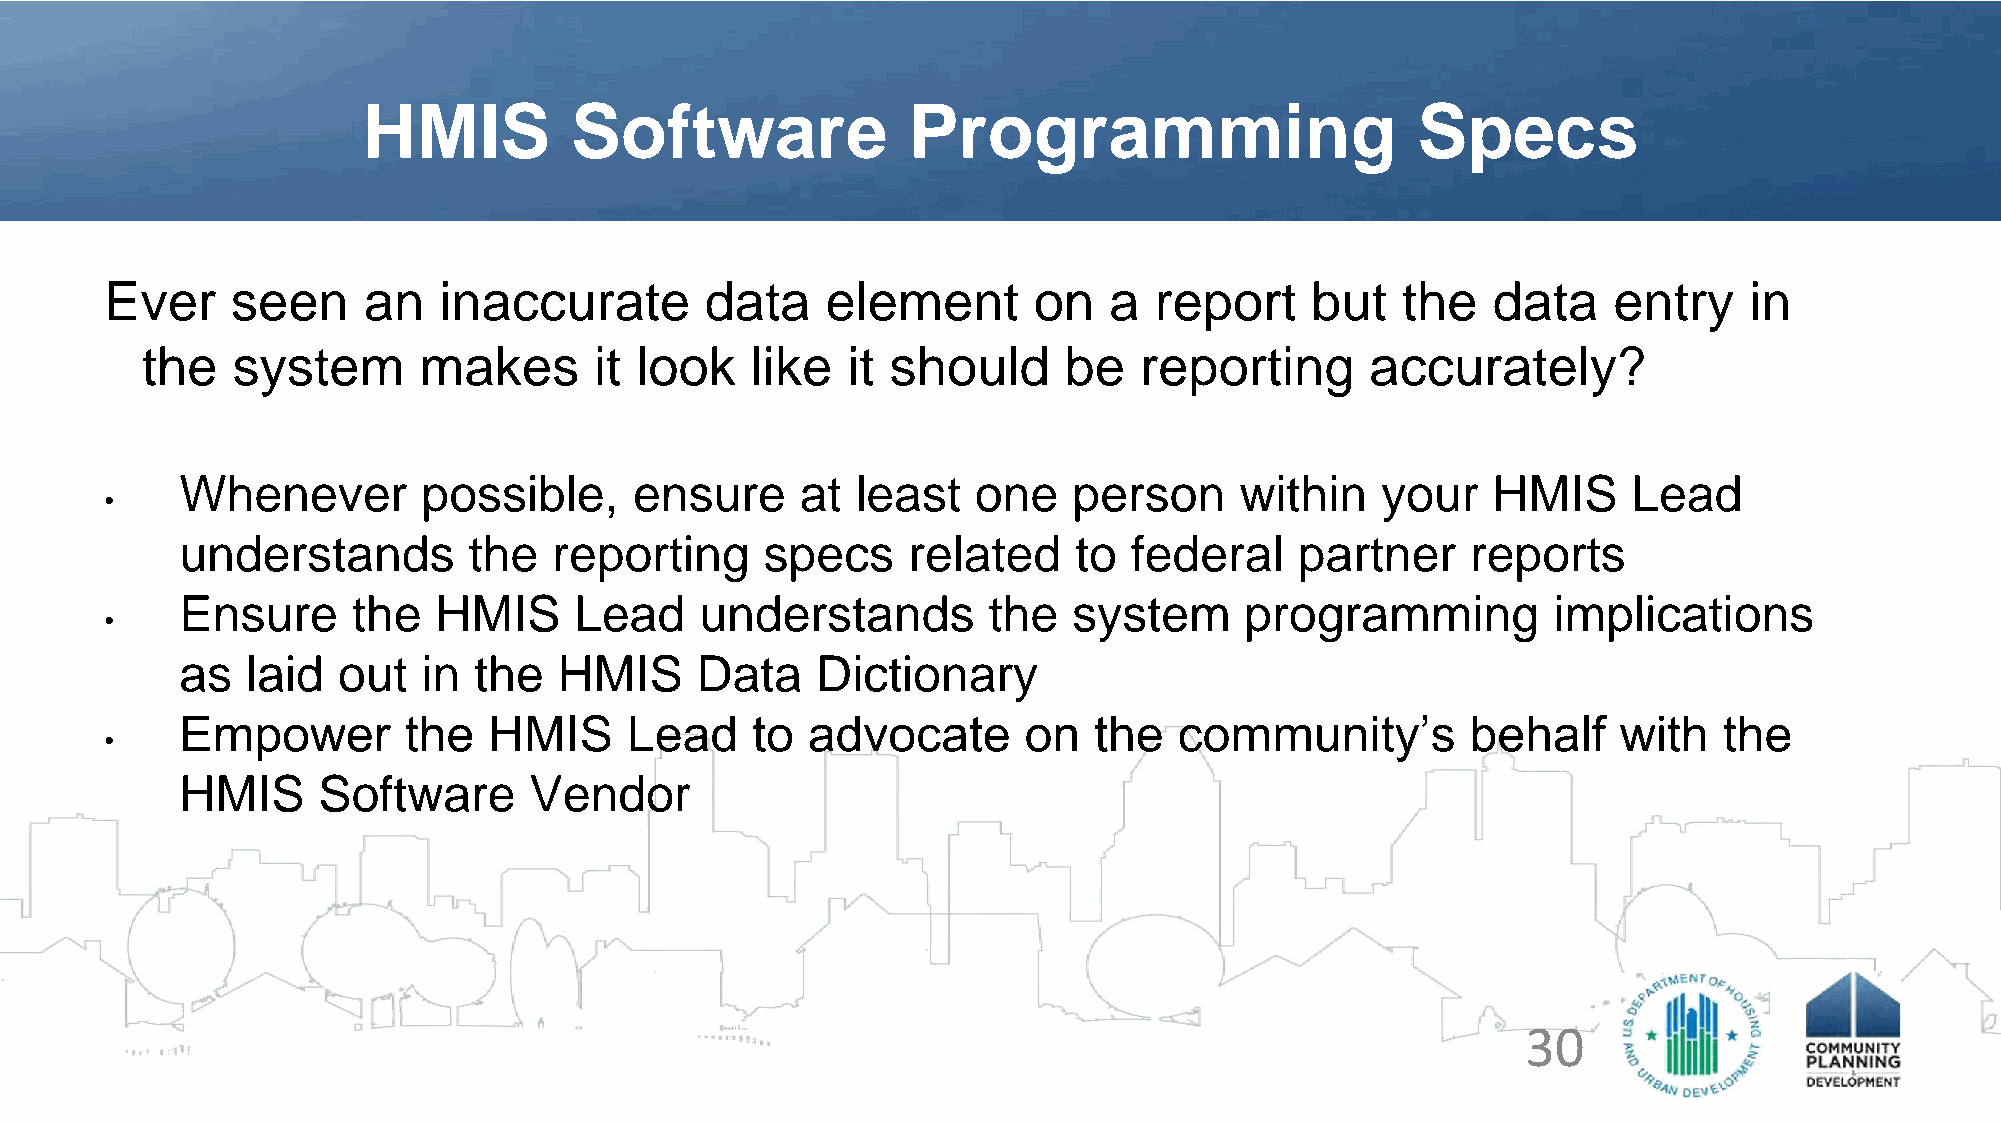
HMIS          Software              Programming                       Specs
 Ever    seen     an   inaccurate        data    element      on   a  report     but   the   data    entry    in
 the   system       makes      it look    like  it should     be   reporting       accurately?
 Whenever        possible,     ensure     at  least   one   person     within   your    HMIS     Lead
 •
 understands        the   reporting     specs    related    to  federal    partner    reports
 Ensure     the   HMIS     Lead    understands        the   system     programming          implications
 •
 as  laid  out   in the   HMIS     Data    Dictionary
 Empower        the  HMIS     Lead     to advocate       on  the   community’s        behalf    with   the
 •
 HMIS     Software      Vendor
 30